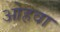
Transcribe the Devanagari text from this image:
ओहवा